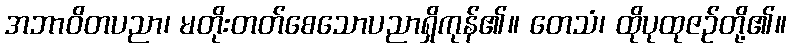
အဘာဝိတပညာ၊ မတိုးတတ်စေသောပညာရှိကုန်၏။ တေသံ၊ ထိုပုထုဇဉ်တို့၏။